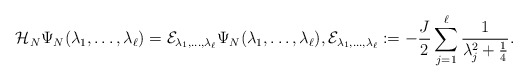
\begin{align*}\mathcal{H}_N\Psi_N(\lambda_1,\ldots,\lambda_\ell)=\mathcal{E}_{\lambda_1,\ldots,\lambda_\ell}\Psi_N(\lambda_1,\ldots,\lambda_\ell),\mathcal{E}_{\lambda_1,\ldots,\lambda_\ell}:=-\frac{J}{2}\sum_{j=1}^\ell\frac{1}{\lambda_j^2+\frac{1}{4}}.\end{align*}